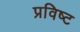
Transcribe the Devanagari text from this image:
प्रविष्‍ट